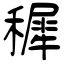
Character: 穉